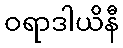
ဝရာဒါယိနီ